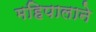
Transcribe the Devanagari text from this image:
महिपालाने